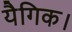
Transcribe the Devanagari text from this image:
यैगिक।